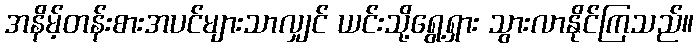
အနိမ့်တန်းစားအပင်များသာလျှင် ယင်းသို့ရွေ့ရှား သွားလာနိုင်ကြသည်။